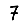
Digit: 7